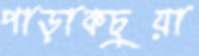
পাড়াকচুয়া